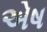
એષ